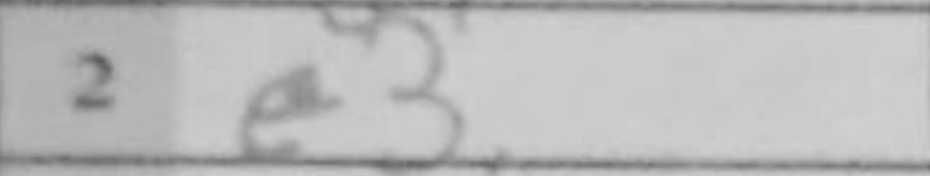
Transcription: e3